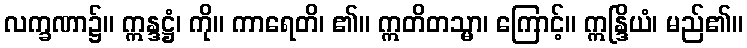
လက္ခဏာ၌။ ဣန္ဒဋ္ဌံ၊ ကို။ ကာရေတိ၊ ၏။ ဣတိတသ္မာ၊ ကြောင့်။ ဣန္ဒြိယံ၊ မည်၏။